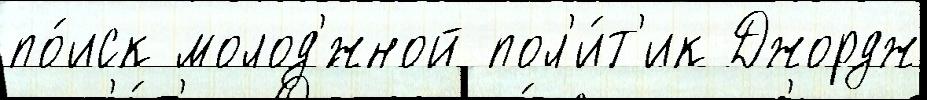
по́иск молод'́жной пол'и́т'ик Джордж